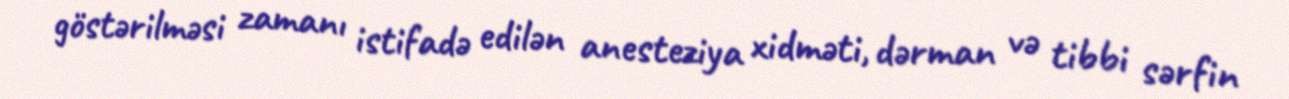
göstərilməsi zamanı istifadə edilən anesteziya xidməti, dərman və tibbi sərfin